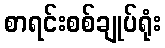
စာရင်းစစ်ချုပ်ရုံး